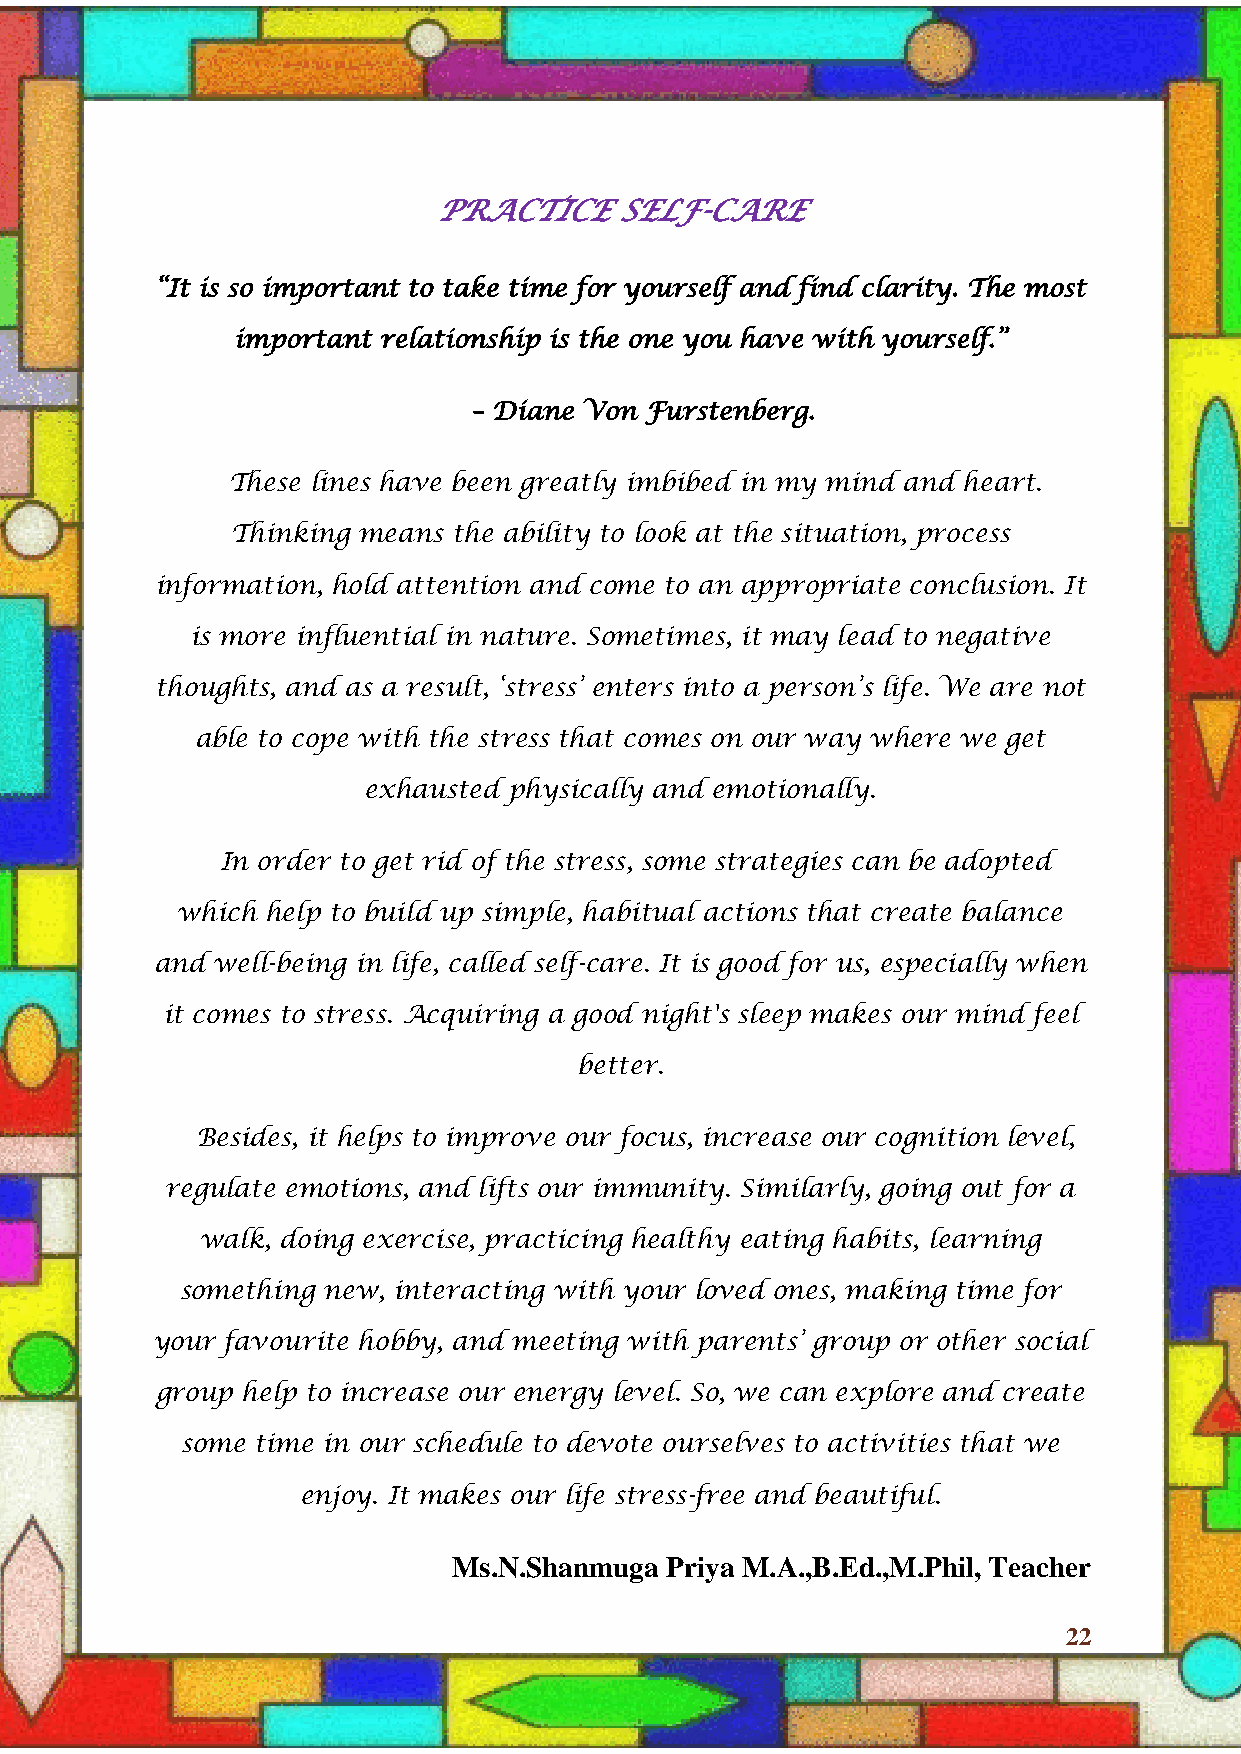
HONEY VIBES
 PRACTICE    SELF-CARE
 “It is so important to take time for yourself and find clarity. The most
 important relationship is the one you have with yourself.”
 – Diane Von Furstenberg.
 These lines have been greatly imbibed in my mind and heart.
 Thinking means the ability to look at the situation, process
 information, hold attention and come to an appropriate conclusion. It
 is more influential in nature. Sometimes, it may lead to negative
 thoughts, and as a result, „stress‟ enters into a person‟s life. We are not
 able to cope with the stress that comes on our way where we get
 exhausted physically and emotionally.
 In order to get rid of the stress, some strategies can be adopted
 which help to build up simple, habitual actions that create balance
 and well-being in life, called self-care. It is good for us, especially when
 it comes to stress. Acquiring a good night's sleep makes our mind feel
 better.
 Besides, it helps to improve our focus, increase our cognition level,
 regulate emotions, and lifts our immunity. Similarly, going out for a
 walk, doing exercise, practicing healthy eating habits, learning
 something new, interacting with your loved ones, making time for
 your favourite hobby, and meeting with parents‟ group or other social
 group help to increase our energy level. So, we can explore and create
 some time in our schedule to devote ourselves to activities that we
 enjoy. It makes our life stress-free and beautiful.
 Ms.N.Shanmuga Priya M.A.,B.Ed.,M.Phil, Teacher
 22